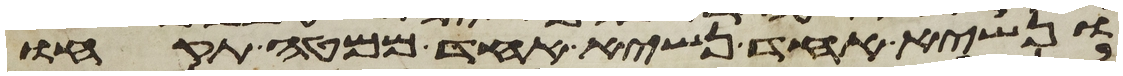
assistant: ונשיא אחד נשיא אחד ממטה תקחו